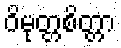
ဝိမုတ္တစိတ္တာ